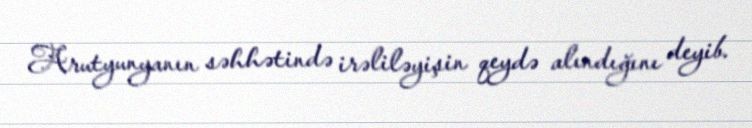
Arutyunyanın səhhətində irəliləyişin qeydə alındığını deyib.